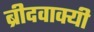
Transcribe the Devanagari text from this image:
ब्रीदवाक्यी